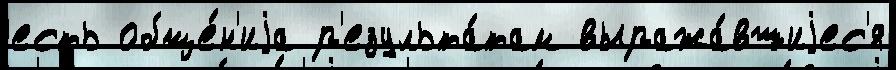
есть обще́н'иjа р'езульта́там выража́вшиjес'я